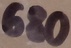
Text: 680